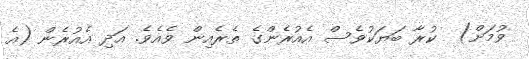
ވުމަށް)  ކުރާ ބަޔަކުވެސް އެއުރެންގެ ތެރެއިން ވެއެވެ. އަދި އެއުރެން (އެ